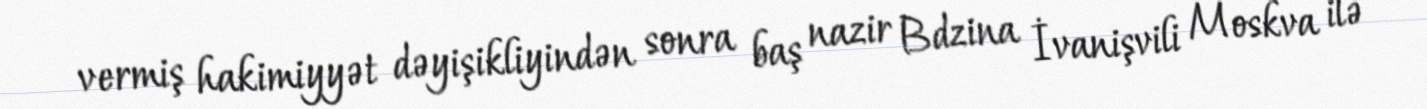
vermiş hakimiyyət dəyişikliyindən sonra baş nazir Bdzina İvanişvili Moskva ilə